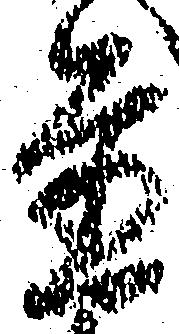
置